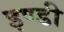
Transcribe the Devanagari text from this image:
इण्डी